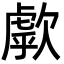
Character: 歑